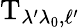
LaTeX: \mathrm{T}_{\lambda^{\prime}\lambda_{0},\ell^{\prime}}